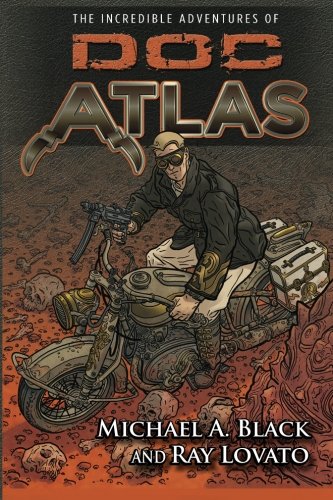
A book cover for The Incredible Adventures of Doc Atlas: The Doc Atlas Omnibus (Doc Atlas Onmibus); Michael A. Black; Literature & Fiction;